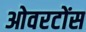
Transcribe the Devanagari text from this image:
ओवरटोंस